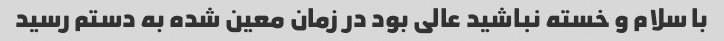
با سلام و خسته نباشید عالی بود در زمان معین شده به دستم رسید